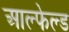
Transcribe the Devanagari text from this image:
आल्फेल्ड